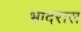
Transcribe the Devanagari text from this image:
भादरास